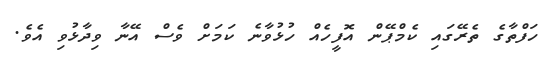
ހަފްތާގެ ތެރޭގައި ކެމްޕޭން އޮފީހެއް ހުޅުވާނެ ކަމަށް ވެސް އޭނާ ވިދާޅުވި އެވެ.